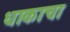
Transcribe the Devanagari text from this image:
धाकाचा